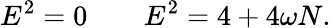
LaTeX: E^{2}=0\qquad E^{2}=4+4\omega N.